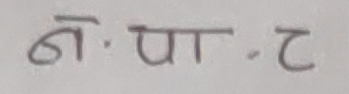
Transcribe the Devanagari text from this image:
ने.पा.ट